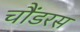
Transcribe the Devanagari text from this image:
चौंडरस